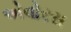
એવોરસ